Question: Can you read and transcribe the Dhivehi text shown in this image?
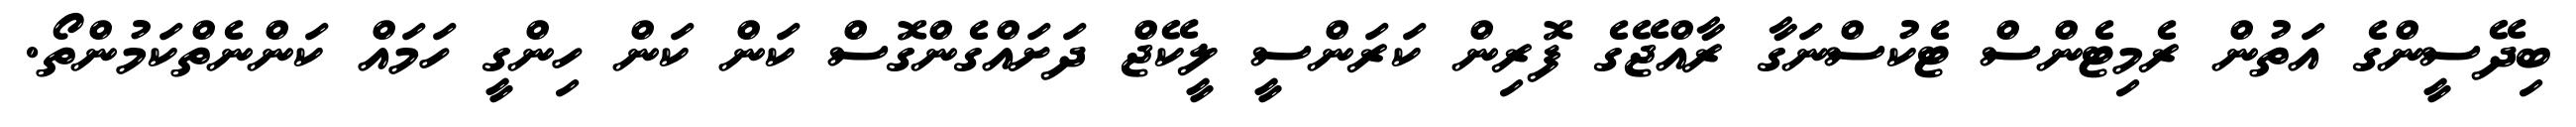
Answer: ބިދޭސީންގެ އަތުން ރެމިޓެންސް ޓެކުސްނަގާ ރާއްޖޭގެ ފޮރިން ކަރަންސީ ލީކޭޖް ދަށައްގެންގޮސް ކަން ކަން ހިންގީ ހަމައް ކަންނެތްކަމުންތޯ.